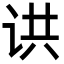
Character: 䜤